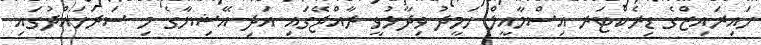
ހައިރައިޒްގެ ޑިރެކްޓަރ އިސްމާއީލް ހަމީދު ވިދާޅުވީ ރާއްޖޭގައި އަދި އޭޝިޔާގެ މި ސަރަހައްދުގައި